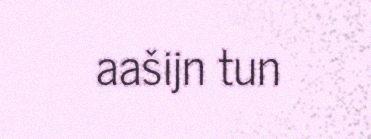
aašijn tun